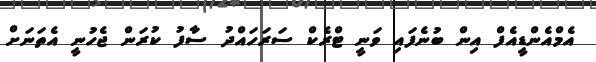
އެމްއެންޑީއެފް އިން ބުނެފައި ވަނީ ޓްރެކް ސަރަހައްދު ސާފު ކުރަން ޖެހުނީ އެތަނަށް